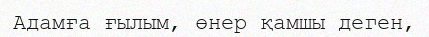
Адамға ғылым, өнер қамшы деген,